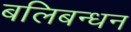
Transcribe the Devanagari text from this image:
बलिबन्धन